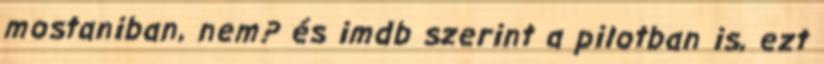
mostaniban, nem? és imdb szerint a pilotban is, ezt